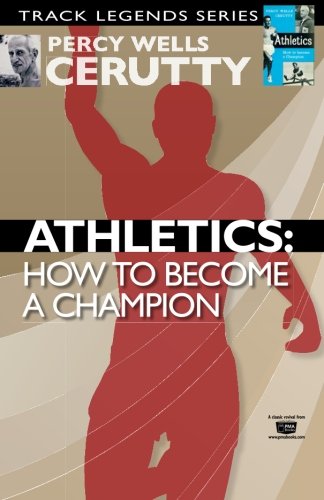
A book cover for Athletics: How to become a champion (Classic Revival) (Volume 1); Percy Wells Cerutty; Sports & Outdoors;